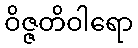
ဝိဇ္ဇတိဝါရော